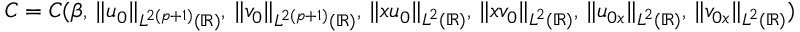
\begin{array} { r } { C = C ( \beta , \, \| u _ { 0 } \| _ { L ^ { 2 ( p + 1 ) } ( \mathbb { R } ) } , \, \| v _ { 0 } \| _ { L ^ { 2 ( p + 1 ) } ( \mathbb { R } ) } , \, \| x u _ { 0 } \| _ { L ^ { 2 } ( \mathbb { R } ) } , \, \| x v _ { 0 } \| _ { L ^ { 2 } ( \mathbb { R } ) } , \, \| u _ { 0 x } \| _ { L ^ { 2 } ( \mathbb { R } ) } , \, \| v _ { 0 x } \| _ { L ^ { 2 } ( \mathbb { R } ) } ) } \end{array}